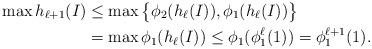
LaTeX: \begin{align*} \max h_{\ell+1}(I) &\le \max \big\{\phi_{2}(h_{\ell}(I)), \phi_{1}(h_{\ell}(I))\big\} \\ &= \max \phi_{1}(h_{\ell}(I)) \leq \phi_{1}(\phi_{1}^{\ell}(1)) = \phi_{1}^{\ell+1}(1).\end{align*}